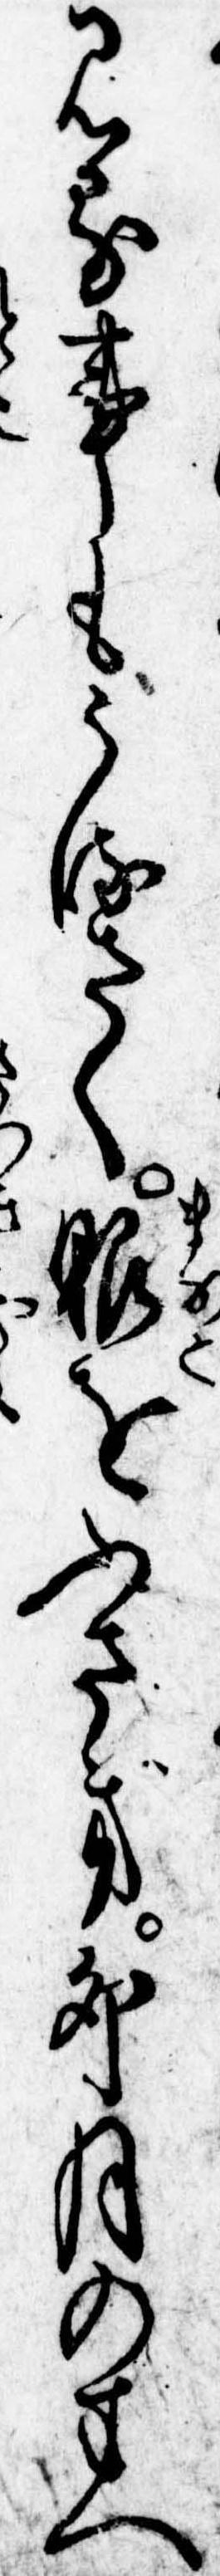
見る事もうるさく眼をふさぎ卯月のすへ